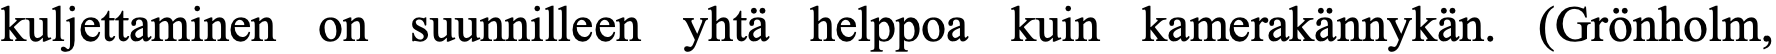
kuljettaminen on suunnilleen yhtä helppoa kuin kamerakännykän. (Grönholm,